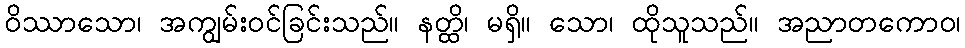
ဝိဿာသော၊ အကျွမ်းဝင်ခြင်းသည်။ နတ္ထိ၊ မရှိ။ သော၊ ထိုသူသည်။ အညာတကောဝ၊